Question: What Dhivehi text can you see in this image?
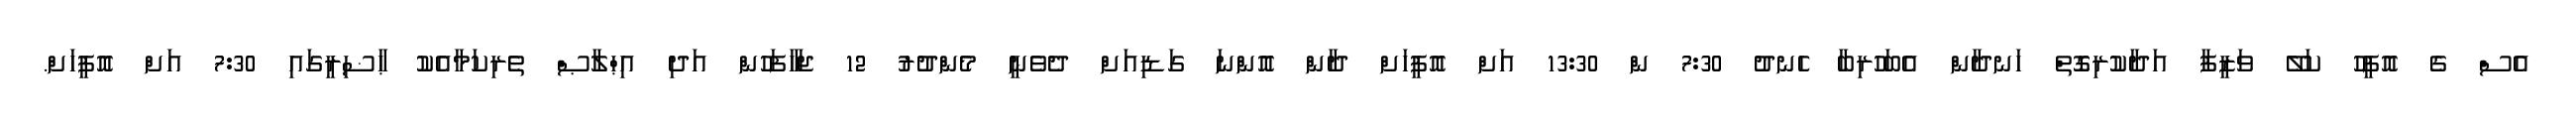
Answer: އެސް ގެ އޮފީހު ކަލޭ ވަޒީފާ އަދާކުރިގޮތް ހަނދާން އެބަހުރިބާ ހެނދު 7:30 ން 13:30 އަށް އޮފީހަށް ދާން އޮންނަ ގަޑިއަށް ދެވެނީ މެންދުރު 12 ޖަހާފަހުން އަދި އިޙްލާޞް ތެރިކަމާއެކު ޙާޟިރީގައި 7:30 އަށް އޮފީހަށް.